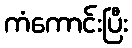
ကံကောင်းပြီး